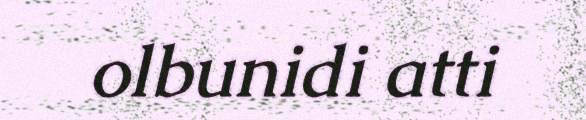
olbunidi atti